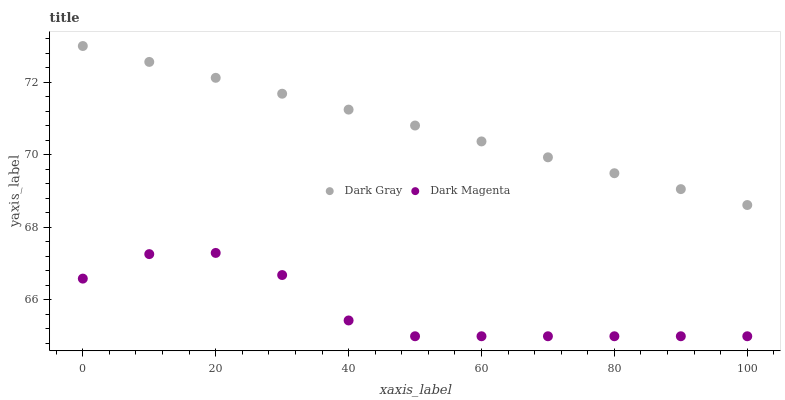
| xaxis_label | Dark Gray | Dark Magenta |
 | --- | --- | --- |
 | 0 | 73 | 66.6 |
 | 10 | 72.6 | 67.3 |
 | 20 | 72.1 | 67.3 |
 | 30 | 71.7 | 66.7 |
 | 40 | 71.2 | 65.4 |
 | 50 | 70.8 | 65 |
 | 60 | 70.4 | 65 |
 | 70 | 69.9 | 65 |
 | 80 | 69.5 | 65 |
 | 90 | 69.1 | 65 |
 | 100 | 68.6 | 65 |